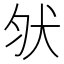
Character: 𰡀